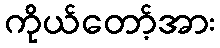
ကိုယ်တော့်အား